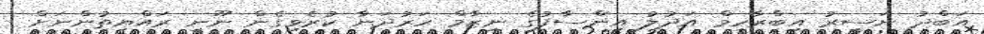
އަބްދު ނަސީރު އިބްރާހިމް އަދުލު އިންސާފުގެ ނިޒާމް ހަރުދަނާ ކުރެވިގެން ނޫނީ ރައްޔިތުންނަށް